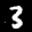
Label: 3